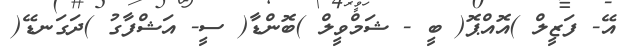
އޭ- ފަޒީލް )އޮއްޕޮ( ބީ - ޝަމްވީލް )ބޮންޑާ( ސީ- އަޝްފާގު )ދަގަނޑޭ(